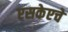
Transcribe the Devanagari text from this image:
एसकेएचे